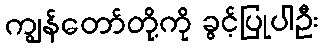
ကျွန်တော်တို့ကို ခွင့်ပြုပါဦး